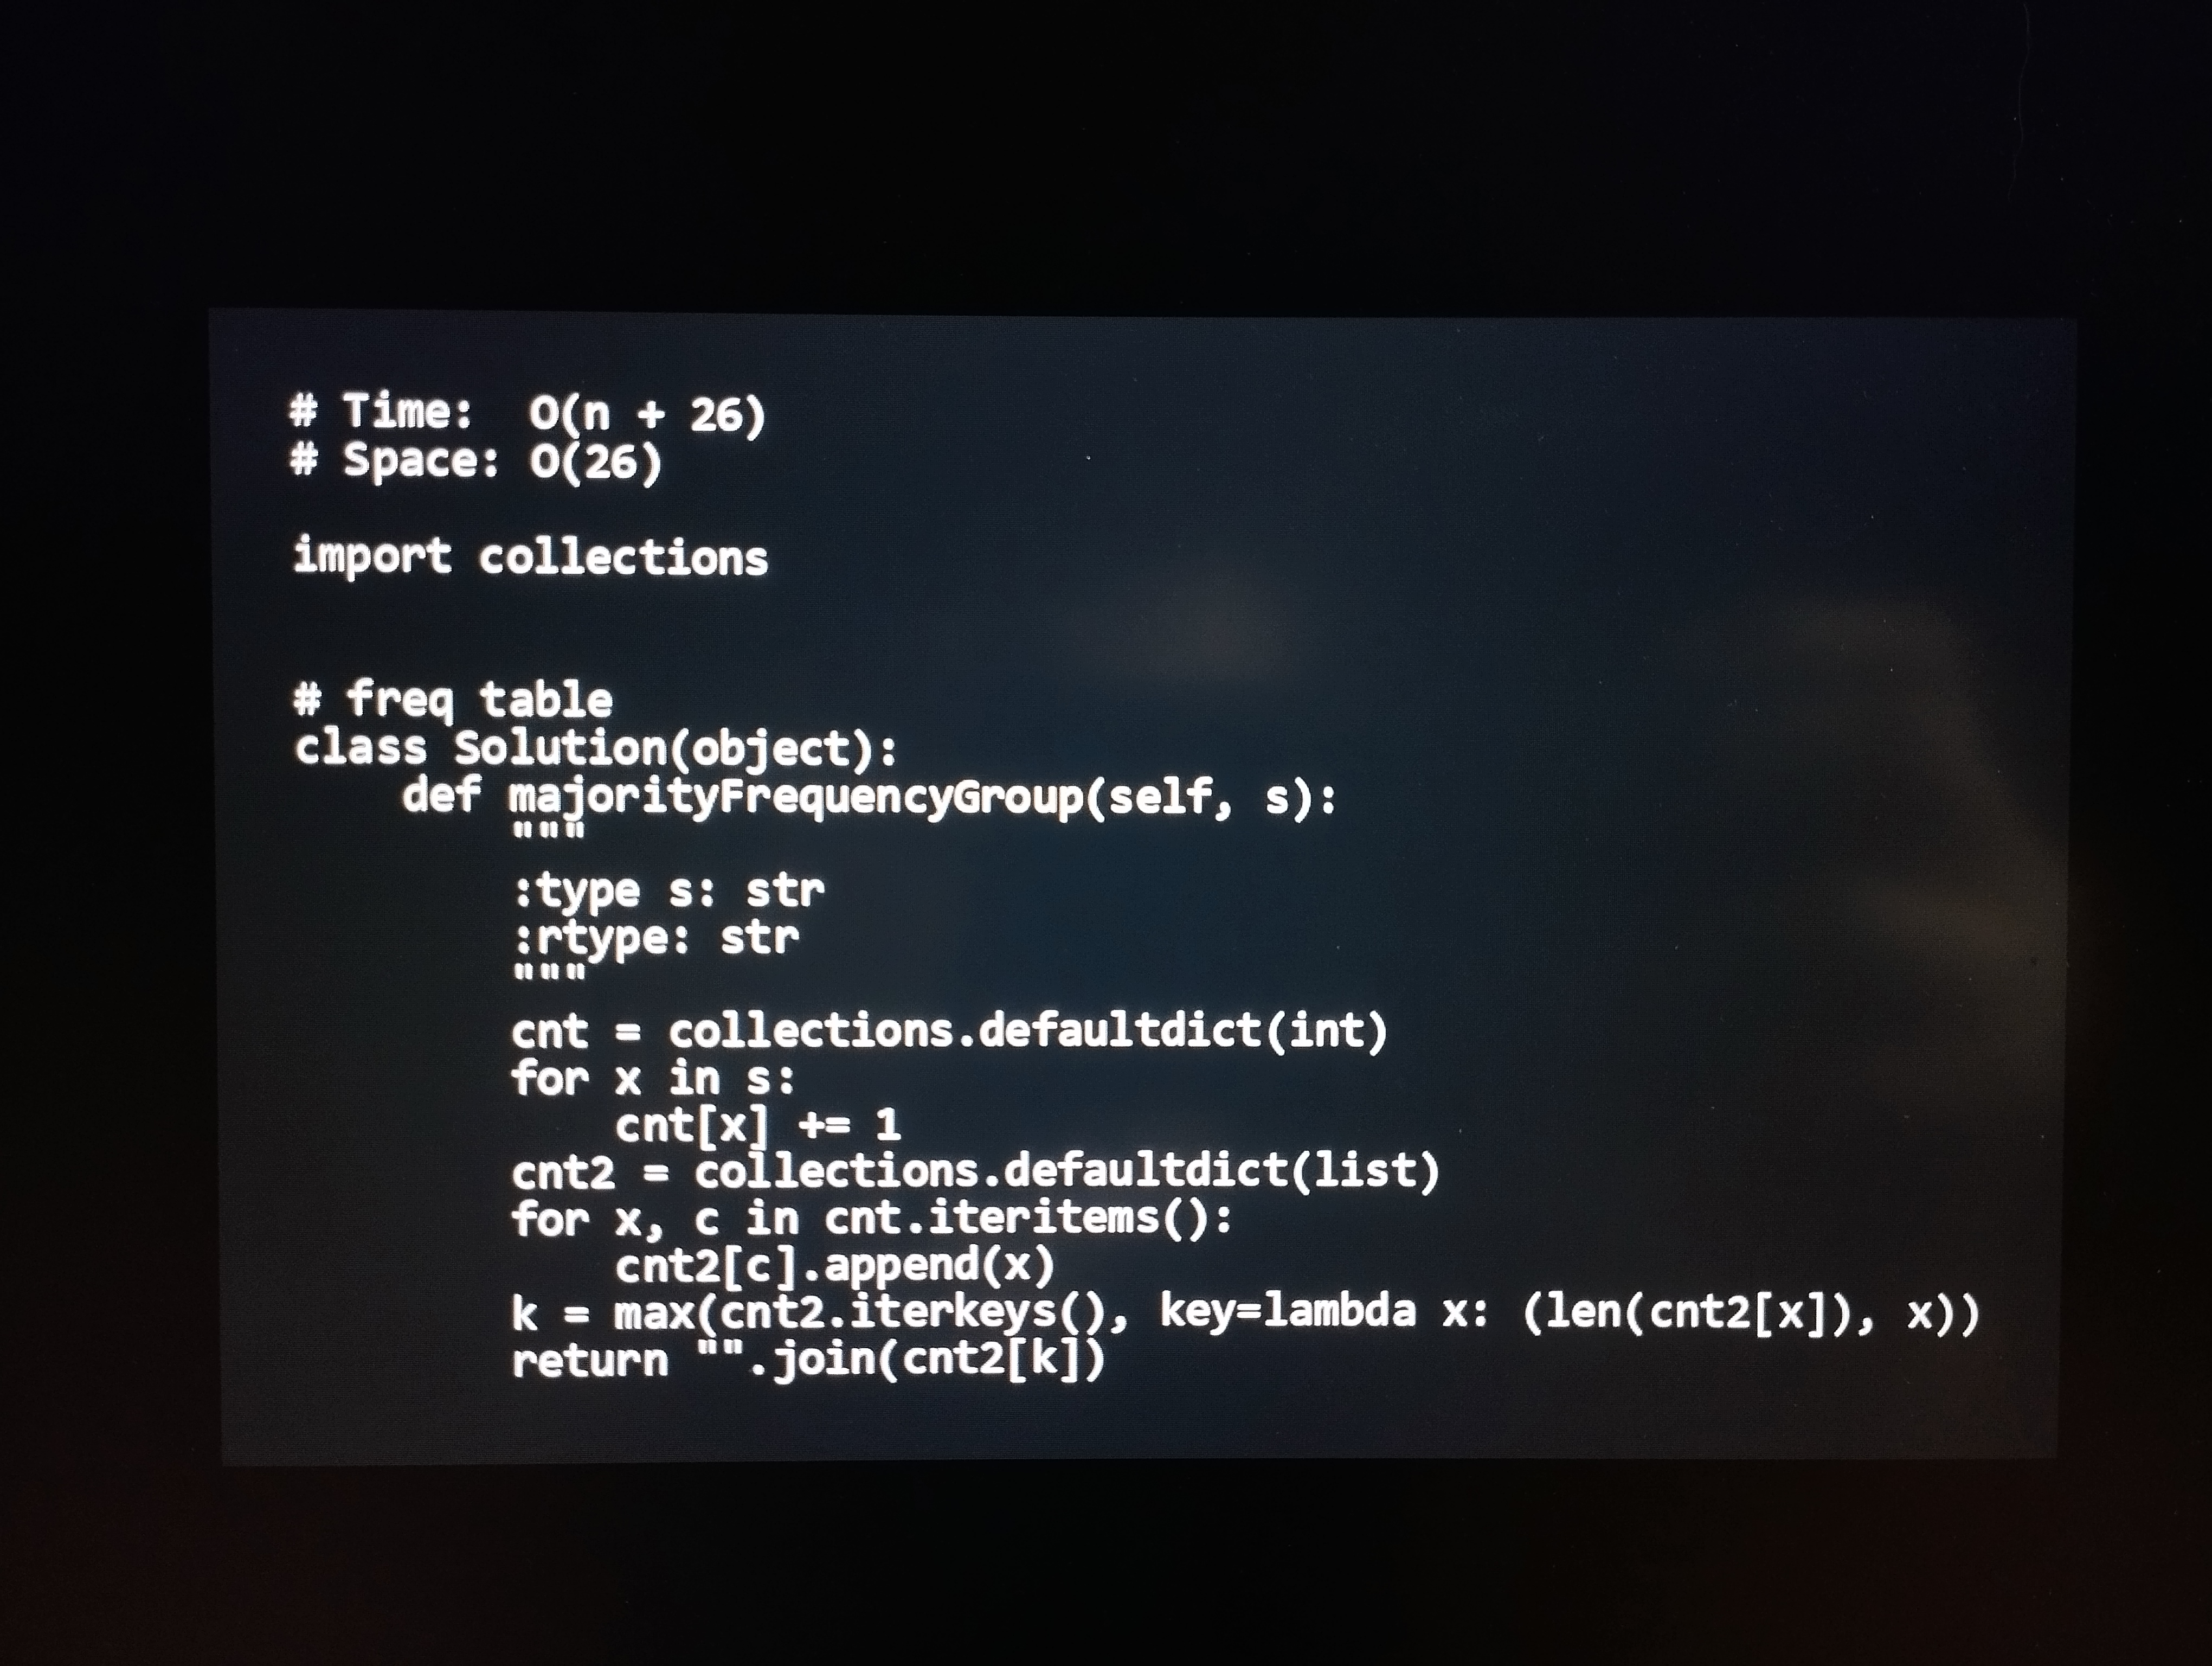
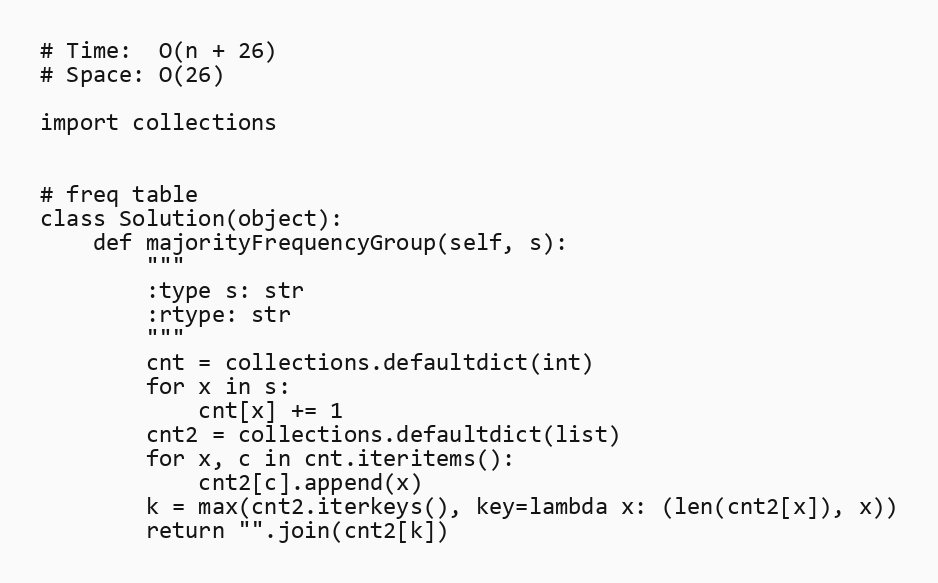
# Time:  O(n + 26)
# Space: O(26)

import collections

# freq table
class Solution(object):
    def majorityFrequencyGroup(self, s):
        """
        :type s: str
        :rtype: str
        """
        cnt = collections.defaultdict(int)
        for x in s:
            cnt[x] += 1
        cnt2 = collections.defaultdict(list)
        for x, c in cnt.iteritems():
            cnt2[c].append(x)
        k = max(cnt2.iterkeys(), key=lambda x: (len(cnt2[x]), x))
        return "".join(cnt2[k])